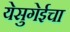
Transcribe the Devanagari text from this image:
येसुगेईचा